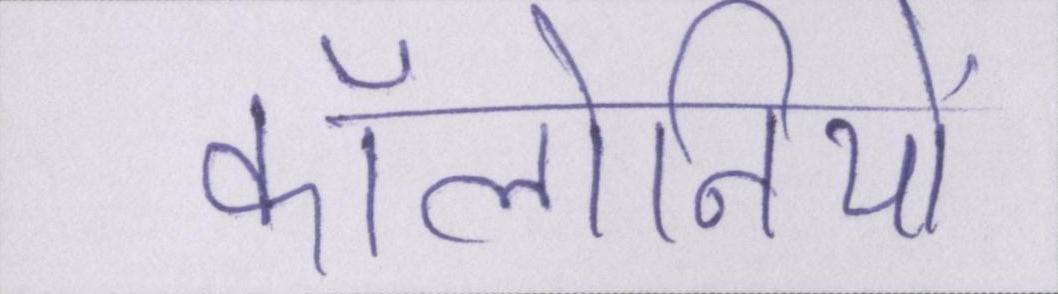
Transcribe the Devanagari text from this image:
कॉलोनियों